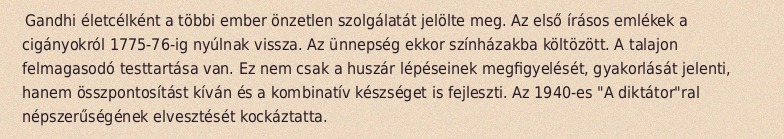
Gandhi életcélként a többi ember önzetlen szolgálatát jelölte meg. Az első írásos emlékek a cigányokról 1775-76-ig nyúlnak vissza. Az ünnepség ekkor színházakba költözött. A talajon felmagasodó testtartása van. Ez nem csak a huszár lépéseinek megfigyelését, gyakorlását jelenti, hanem összpontosítást kíván és a kombinatív készséget is fejleszti. Az 1940-es "A diktátor"ral népszerűségének elvesztését kockáztatta.